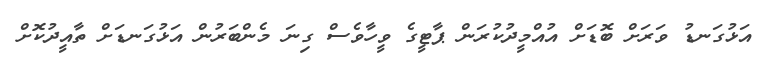
އަޅުގަނޑު ވަރަށް ބޮޑަށް އުއްމީދުކުރަން ޕާޓީގެ ވީހާވެސް ގިނަ މެންބަރުން އަޅުގަނޑަށް ތާއީދުކޮށް